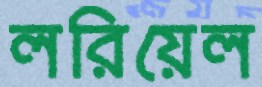
লরিয়েল